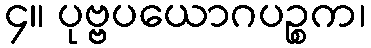
၄။ ပုဗ္ဗပယောဂပဉ္စက၊